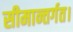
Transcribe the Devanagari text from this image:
सीमान्तर्गत।